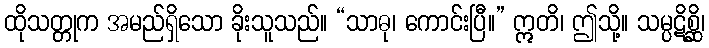
ထိုသတ္တုက အမည်ရှိသော ခိုးသူသည်။ “သာဓု၊ ကောင်းပြီ။” ဣတိ၊ ဤသို့။ သမ္ပဋိစ္ဆိ၊